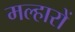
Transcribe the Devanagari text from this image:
मल्हारों